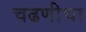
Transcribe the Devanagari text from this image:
चढणीचा